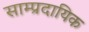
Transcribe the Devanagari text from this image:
साम्‍प्रदायिक